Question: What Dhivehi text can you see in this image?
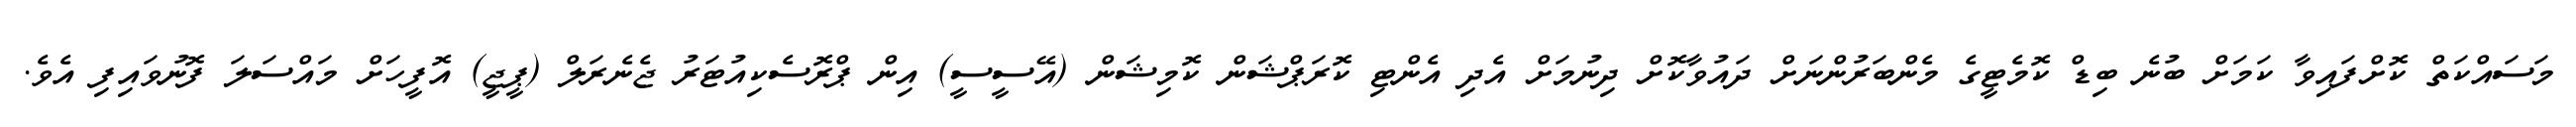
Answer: މަސައްކަތް ކޮށްފައިވާ ކަމަށް ބުނެ ބިޑް ކޮމެޓީގެ މެންބަރުންނަށް ދައުވާކޮށް ދިނުމަށް އެދި އެންޓި ކޮރަޕްޝަން ކޮމިޝަން (އޭސީސީ) އިން ޕްރޮސެކިއުޓަރު ޖެނެރަލް (ޕީޖީ) އޮފީހަށް މައްސަލަ ފޮނުވައިފި އެވެ.